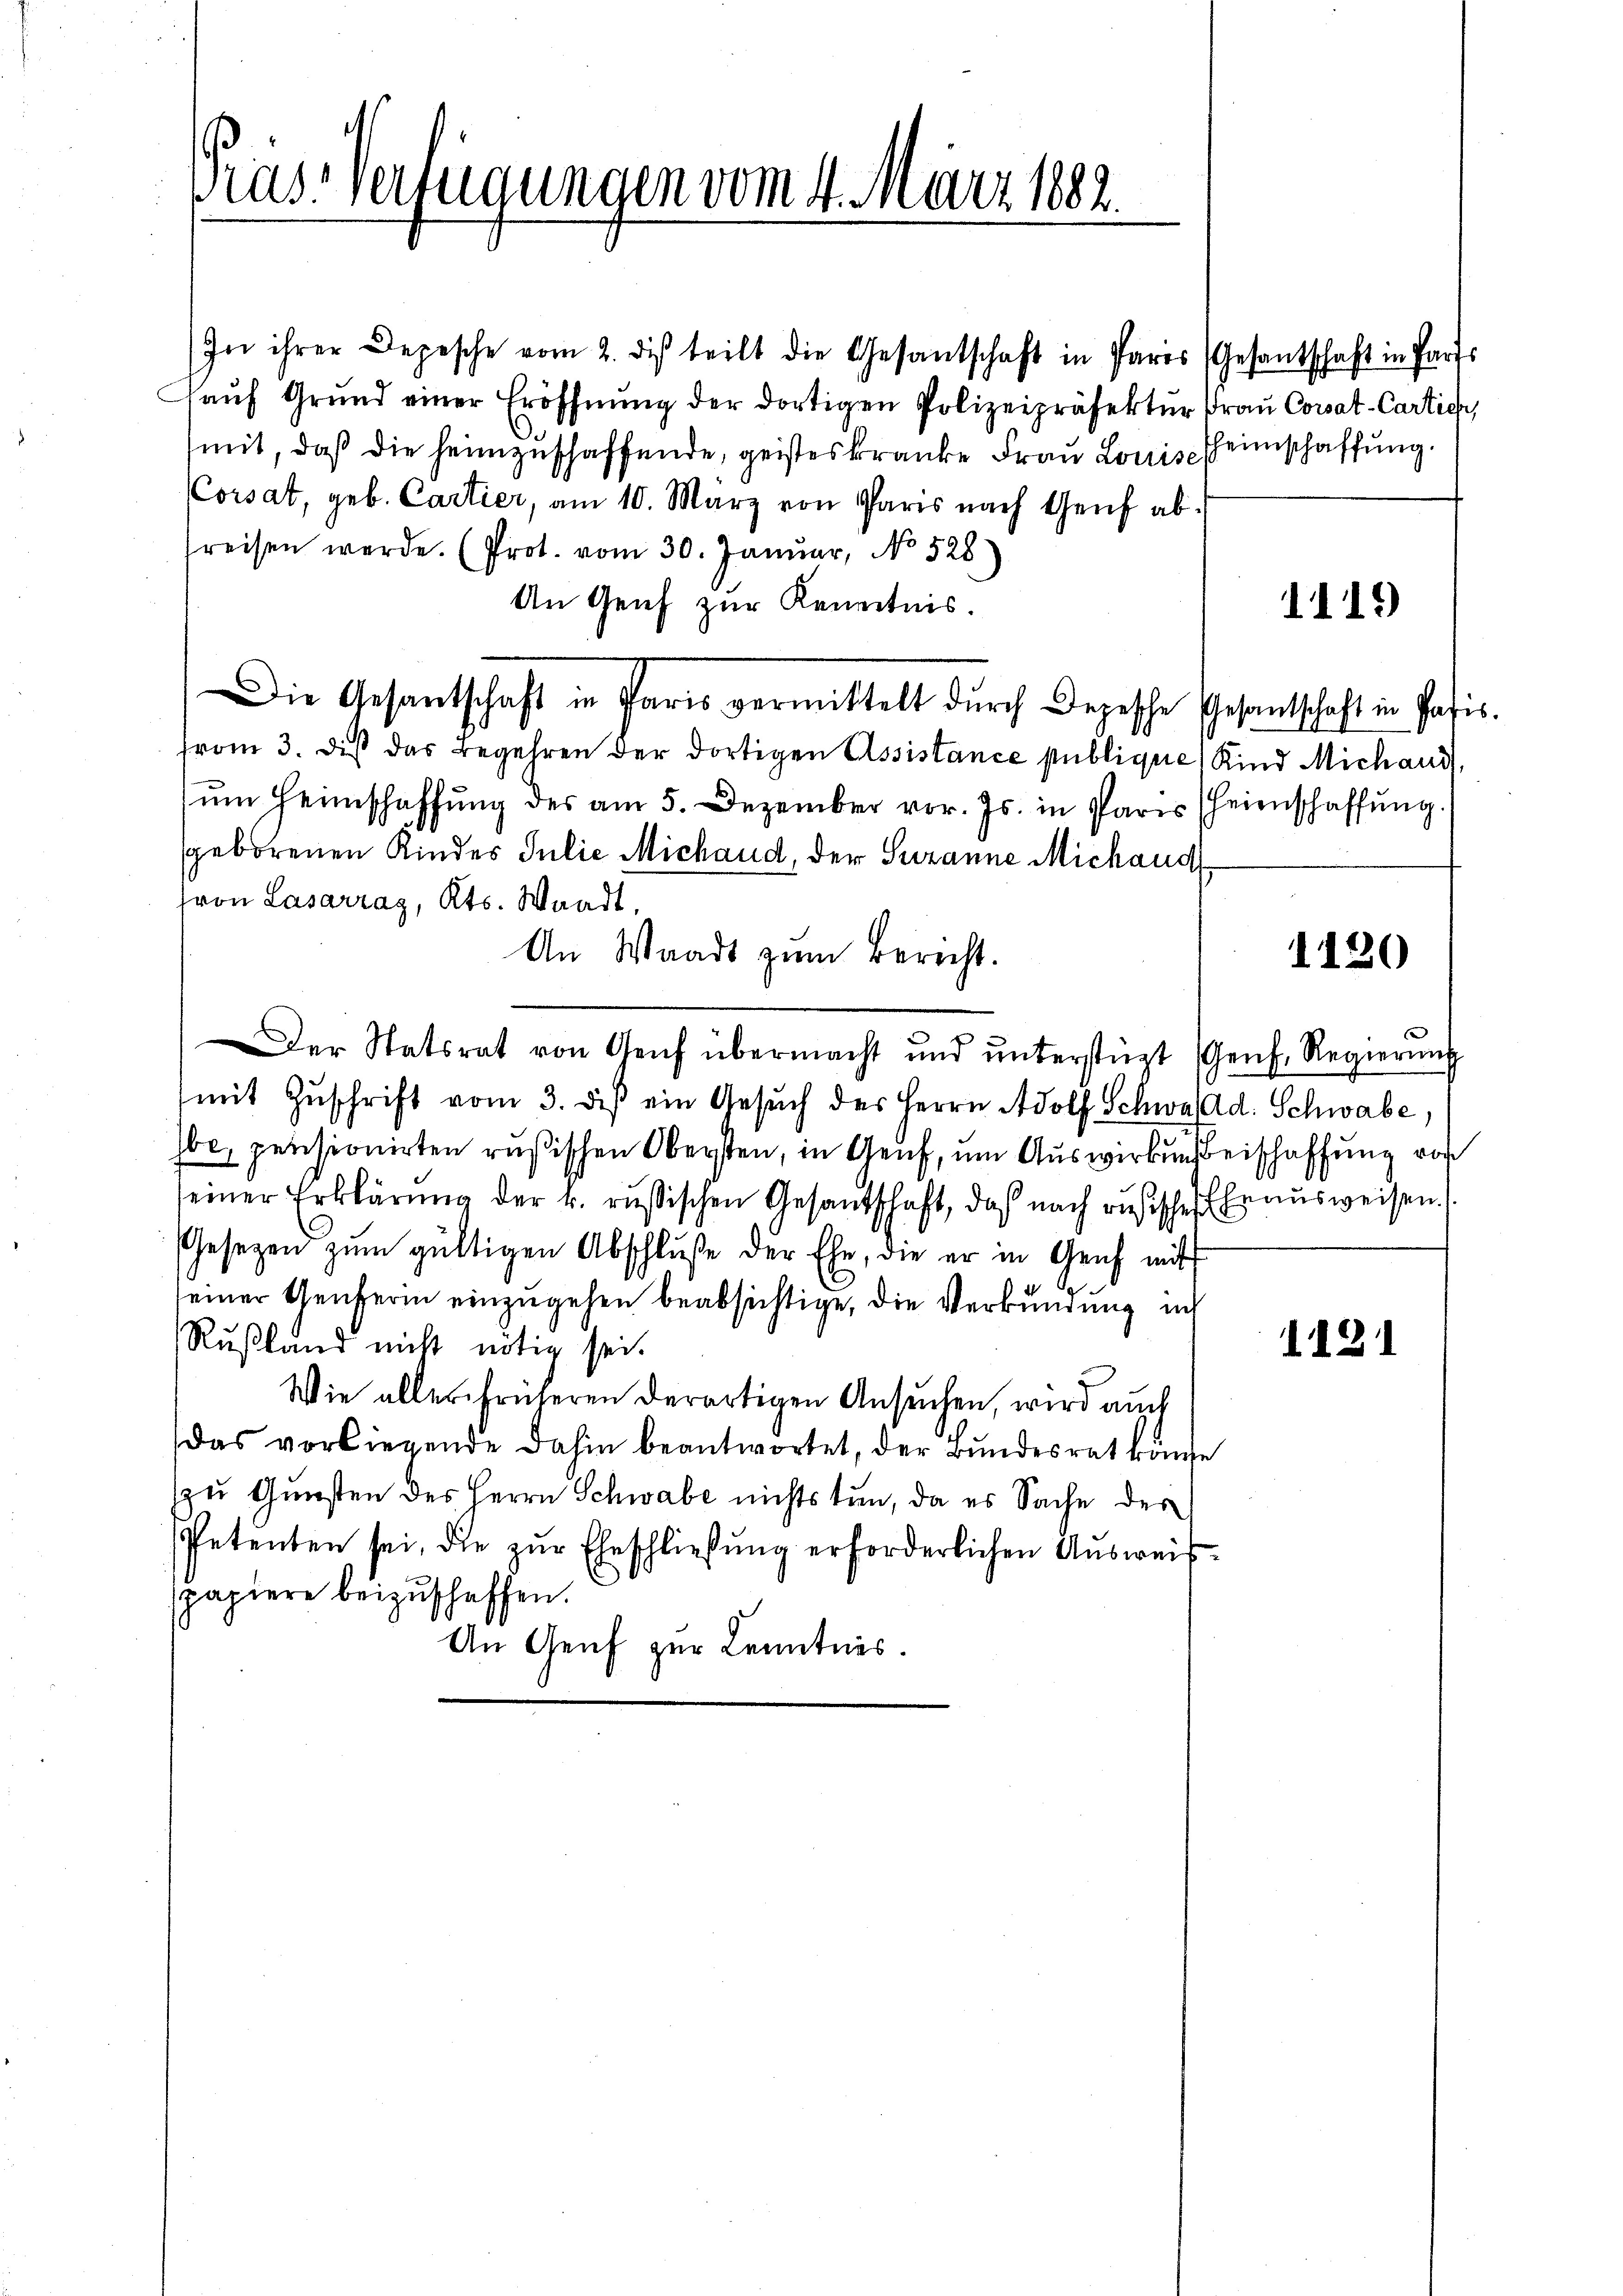
Pras Verfügungen vom 4. März 1888.

In ihrer Depesche vom 2. di teilt die Gesantschaft in Paris (Gesantschaft in Parts
haŭf Grund einer Eröffnŭng der dortigen Polizeipräsektŭr Frau Corsat-Cartich,
mit, daß die heimzuschaffende, geisteskranke Frau Louis heimschaffung.
Corsat, geb. Cartier, am 10. März von Paris nach Genf ab.
preisen werde. (Prot. vom 30. Januar, No 528
An Genf zur Kenntnis.
Die Gesandtschaft in Paris vermittelt dŭrch Depesche Gesandtschaft in Pasis.
(vom 3. dieß das Begehren der dortigen Assistance publique, Kind Michaus,
ŭm Heimschaffŭng des am 5. Dezember vor. Js. in Paris (heienschaffŭng.
sgeborenen Kindes Julie Michaud, der Susanne Michaud
fron Lasarrag, Kts. Waadt,
An Waadt zum Berecht.
Der Statsrat von Genf übermacht und ŭnterstüzt Genf. Regierung
(mit Zŭschrift vom 3. diβ ein Gesŭch des Herrn Adolf Schwa Ad. Schwabe,
be, pensionirten rußischen Obersten, in Genf, um Auswirkungseischaffung vor
seiner Erklärung der k. russischen Gesandschaft, daß nach rusischer Ehe ausweisen.
Gesetzen zŭm gültigen Abschluße der Ehe, die er in Genf mit
seiner Genferin einzugehen beabsichtige, die Verkündung in
Rußland nicht nötig sei.
Wie alles früheren derartigen Ansuchen, wird auch
Das vorliegende dahin beantwortet, der Bundesrat konse
zu Gunsten des Herrn Schwabe nichts tun, da es Sache der
Petenten sei, die zur Eheschließung erforderlichen Ausweis
spapiere beizuschaffen.
An Genf zur Kenntnis.

1119

1120

1121